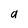
Character: a